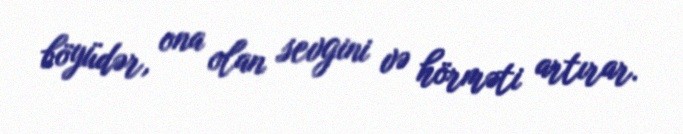
böyüdər, ona olan sevgini və hörməti artırar.